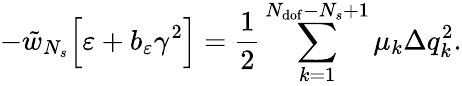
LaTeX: -\tilde{w}_{N_{s}}\Big[\varepsilon+b_{\varepsilon}\gamma^{2}\Big]=\frac{1}{2}\sum_{k=1}^{N_{\mathrm{dof}}-N_{s}+1}{\mu_{k}\Delta q_{k}^{2}}.